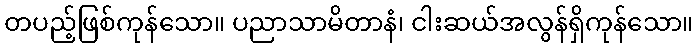
တပည့်ဖြစ်ကုန်သော။ ပညာသာမိတာနံ၊ ငါးဆယ်အလွန်ရှိကုန်သော။